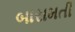
બારામતી